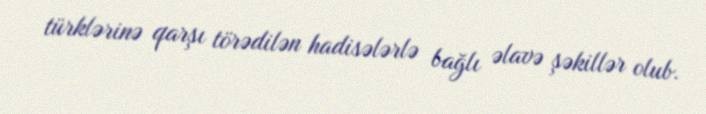
türklərinə qarşı törədilən hadisələrlə bağlı əlavə şəkillər olub.